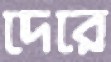
দেরে